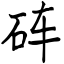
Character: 砗